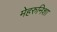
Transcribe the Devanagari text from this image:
मेहरुनिशा